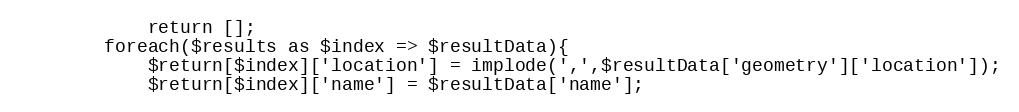
Language: PHP
            return [];
        foreach($results as $index => $resultData){
            $return[$index]['location'] = implode(',',$resultData['geometry']['location']);
            $return[$index]['name'] = $resultData['name'];